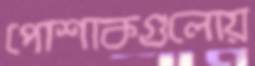
পোশাকগুলোয়